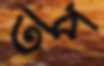
তপ